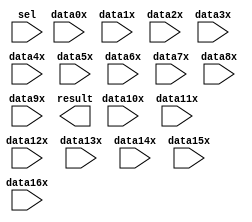
// megafunction wizard: %LPM_MUX%VBB%
// GENERATION: STANDARD
// VERSION: WM1.0
// MODULE: LPM_MUX 

// ============================================================
// Megafunction Name(s):
// 			LPM_MUX
//
// Simulation Library Files(s):
// 			lpm
// ============================================================
// ************************************************************
// THIS IS A WIZARD-GENERATED FILE. DO NOT EDIT THIS FILE!
//
// 13.0.1 Build 232 06/12/2013 SP 1 SJ Web Edition
// ************************************************************

//Copyright (C) 1991-2013 Altera Corporation
//Your use of Altera Corporation's design tools, logic functions 
//and other software and tools, and its AMPP partner logic 
//functions, and any output files from any of the foregoing 
//(including device programming or simulation files), and any 
//associated documentation or information are expressly subject 
//to the terms and conditions of the Altera Program License 
//Subscription Agreement, Altera MegaCore Function License 
//Agreement, or other applicable license agreement, including, 
//without limitation, that your use is for the sole purpose of 
//programming logic devices manufactured by Altera and sold by 
//Altera or its authorized distributors.  Please refer to the 
//applicable agreement for further details.

module alu_main_mux (
	data0x,
	data10x,
	data11x,
	data12x,
	data13x,
	data14x,
	data15x,
	data16x,
	data1x,
	data2x,
	data3x,
	data4x,
	data5x,
	data6x,
	data7x,
	data8x,
	data9x,
	sel,
	result);

	input	[31:0]  data0x;
	input	[31:0]  data10x;
	input	[31:0]  data11x;
	input	[31:0]  data12x;
	input	[31:0]  data13x;
	input	[31:0]  data14x;
	input	[31:0]  data15x;
	input	[31:0]  data16x;
	input	[31:0]  data1x;
	input	[31:0]  data2x;
	input	[31:0]  data3x;
	input	[31:0]  data4x;
	input	[31:0]  data5x;
	input	[31:0]  data6x;
	input	[31:0]  data7x;
	input	[31:0]  data8x;
	input	[31:0]  data9x;
	input	[4:0]  sel;
	output	[31:0]  result;

endmodule

// ============================================================
// CNX file retrieval info
// ============================================================
// Retrieval info: PRIVATE: INTENDED_DEVICE_FAMILY STRING "Cyclone IV GX"
// Retrieval info: PRIVATE: SYNTH_WRAPPER_GEN_POSTFIX STRING "0"
// Retrieval info: PRIVATE: new_diagram STRING "1"
// Retrieval info: LIBRARY: lpm lpm.lpm_components.all
// Retrieval info: CONSTANT: LPM_SIZE NUMERIC "17"
// Retrieval info: CONSTANT: LPM_TYPE STRING "LPM_MUX"
// Retrieval info: CONSTANT: LPM_WIDTH NUMERIC "32"
// Retrieval info: CONSTANT: LPM_WIDTHS NUMERIC "5"
// Retrieval info: USED_PORT: data0x 0 0 32 0 INPUT NODEFVAL "data0x[31..0]"
// Retrieval info: USED_PORT: data10x 0 0 32 0 INPUT NODEFVAL "data10x[31..0]"
// Retrieval info: USED_PORT: data11x 0 0 32 0 INPUT NODEFVAL "data11x[31..0]"
// Retrieval info: USED_PORT: data12x 0 0 32 0 INPUT NODEFVAL "data12x[31..0]"
// Retrieval info: USED_PORT: data13x 0 0 32 0 INPUT NODEFVAL "data13x[31..0]"
// Retrieval info: USED_PORT: data14x 0 0 32 0 INPUT NODEFVAL "data14x[31..0]"
// Retrieval info: USED_PORT: data15x 0 0 32 0 INPUT NODEFVAL "data15x[31..0]"
// Retrieval info: USED_PORT: data16x 0 0 32 0 INPUT NODEFVAL "data16x[31..0]"
// Retrieval info: USED_PORT: data1x 0 0 32 0 INPUT NODEFVAL "data1x[31..0]"
// Retrieval info: USED_PORT: data2x 0 0 32 0 INPUT NODEFVAL "data2x[31..0]"
// Retrieval info: USED_PORT: data3x 0 0 32 0 INPUT NODEFVAL "data3x[31..0]"
// Retrieval info: USED_PORT: data4x 0 0 32 0 INPUT NODEFVAL "data4x[31..0]"
// Retrieval info: USED_PORT: data5x 0 0 32 0 INPUT NODEFVAL "data5x[31..0]"
// Retrieval info: USED_PORT: data6x 0 0 32 0 INPUT NODEFVAL "data6x[31..0]"
// Retrieval info: USED_PORT: data7x 0 0 32 0 INPUT NODEFVAL "data7x[31..0]"
// Retrieval info: USED_PORT: data8x 0 0 32 0 INPUT NODEFVAL "data8x[31..0]"
// Retrieval info: USED_PORT: data9x 0 0 32 0 INPUT NODEFVAL "data9x[31..0]"
// Retrieval info: USED_PORT: result 0 0 32 0 OUTPUT NODEFVAL "result[31..0]"
// Retrieval info: USED_PORT: sel 0 0 5 0 INPUT NODEFVAL "sel[4..0]"
// Retrieval info: CONNECT: @data 0 0 32 0 data0x 0 0 32 0
// Retrieval info: CONNECT: @data 0 0 32 320 data10x 0 0 32 0
// Retrieval info: CONNECT: @data 0 0 32 352 data11x 0 0 32 0
// Retrieval info: CONNECT: @data 0 0 32 384 data12x 0 0 32 0
// Retrieval info: CONNECT: @data 0 0 32 416 data13x 0 0 32 0
// Retrieval info: CONNECT: @data 0 0 32 448 data14x 0 0 32 0
// Retrieval info: CONNECT: @data 0 0 32 480 data15x 0 0 32 0
// Retrieval info: CONNECT: @data 0 0 32 512 data16x 0 0 32 0
// Retrieval info: CONNECT: @data 0 0 32 32 data1x 0 0 32 0
// Retrieval info: CONNECT: @data 0 0 32 64 data2x 0 0 32 0
// Retrieval info: CONNECT: @data 0 0 32 96 data3x 0 0 32 0
// Retrieval info: CONNECT: @data 0 0 32 128 data4x 0 0 32 0
// Retrieval info: CONNECT: @data 0 0 32 160 data5x 0 0 32 0
// Retrieval info: CONNECT: @data 0 0 32 192 data6x 0 0 32 0
// Retrieval info: CONNECT: @data 0 0 32 224 data7x 0 0 32 0
// Retrieval info: CONNECT: @data 0 0 32 256 data8x 0 0 32 0
// Retrieval info: CONNECT: @data 0 0 32 288 data9x 0 0 32 0
// Retrieval info: CONNECT: @sel 0 0 5 0 sel 0 0 5 0
// Retrieval info: CONNECT: result 0 0 32 0 @result 0 0 32 0
// Retrieval info: GEN_FILE: TYPE_NORMAL alu_main_mux.v TRUE
// Retrieval info: GEN_FILE: TYPE_NORMAL alu_main_mux.inc FALSE
// Retrieval info: GEN_FILE: TYPE_NORMAL alu_main_mux.cmp FALSE
// Retrieval info: GEN_FILE: TYPE_NORMAL alu_main_mux.bsf TRUE
// Retrieval info: GEN_FILE: TYPE_NORMAL alu_main_mux_inst.v FALSE
// Retrieval info: GEN_FILE: TYPE_NORMAL alu_main_mux_bb.v TRUE
// Retrieval info: LIB_FILE: lpm